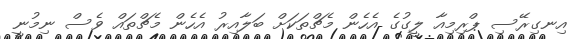
އިނގިރޭސި ޕްރިމިއާ ލީގުގެ އެހެން މެޗްތަކަށް ބަލާއިރު އެހެން މެޗްތައް ވެސް ނިމުނީ